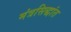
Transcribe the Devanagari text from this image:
मंत्रसिद्धांत